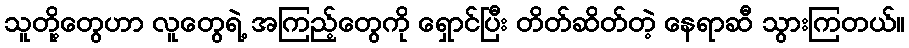
သူတို့တွေဟာ လူတွေရဲ့ အကြည့်တွေကို ရှောင်ပြီး တိတ်ဆိတ်တဲ့ နေရာဆီ သွားကြတယ်။